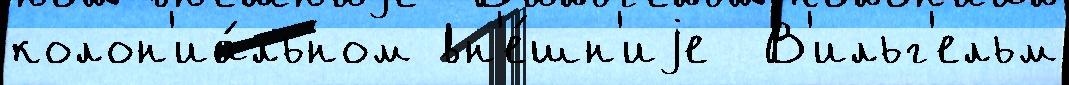
колон'иа́льном вн'е́шн'иjе  В'ильг'ельм